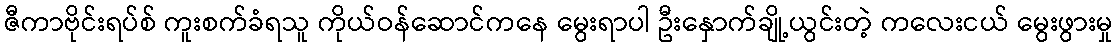
ဇီကာဗိုင်းရပ်စ် ကူးစက်ခံရသူ ကိုယ်ဝန်ဆောင်ကနေ မွေးရာပါ ဦးနှောက်ချို့ယွင်းတဲ့ ကလေးငယ် မွေးဖွားမှု